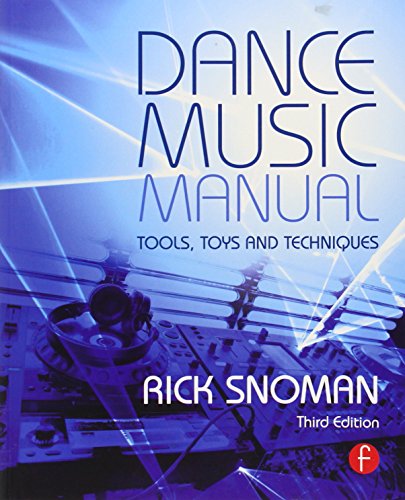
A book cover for Dance Music Manual: Tools, Toys, and Techniques; Rick Snoman; Engineering & Transportation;